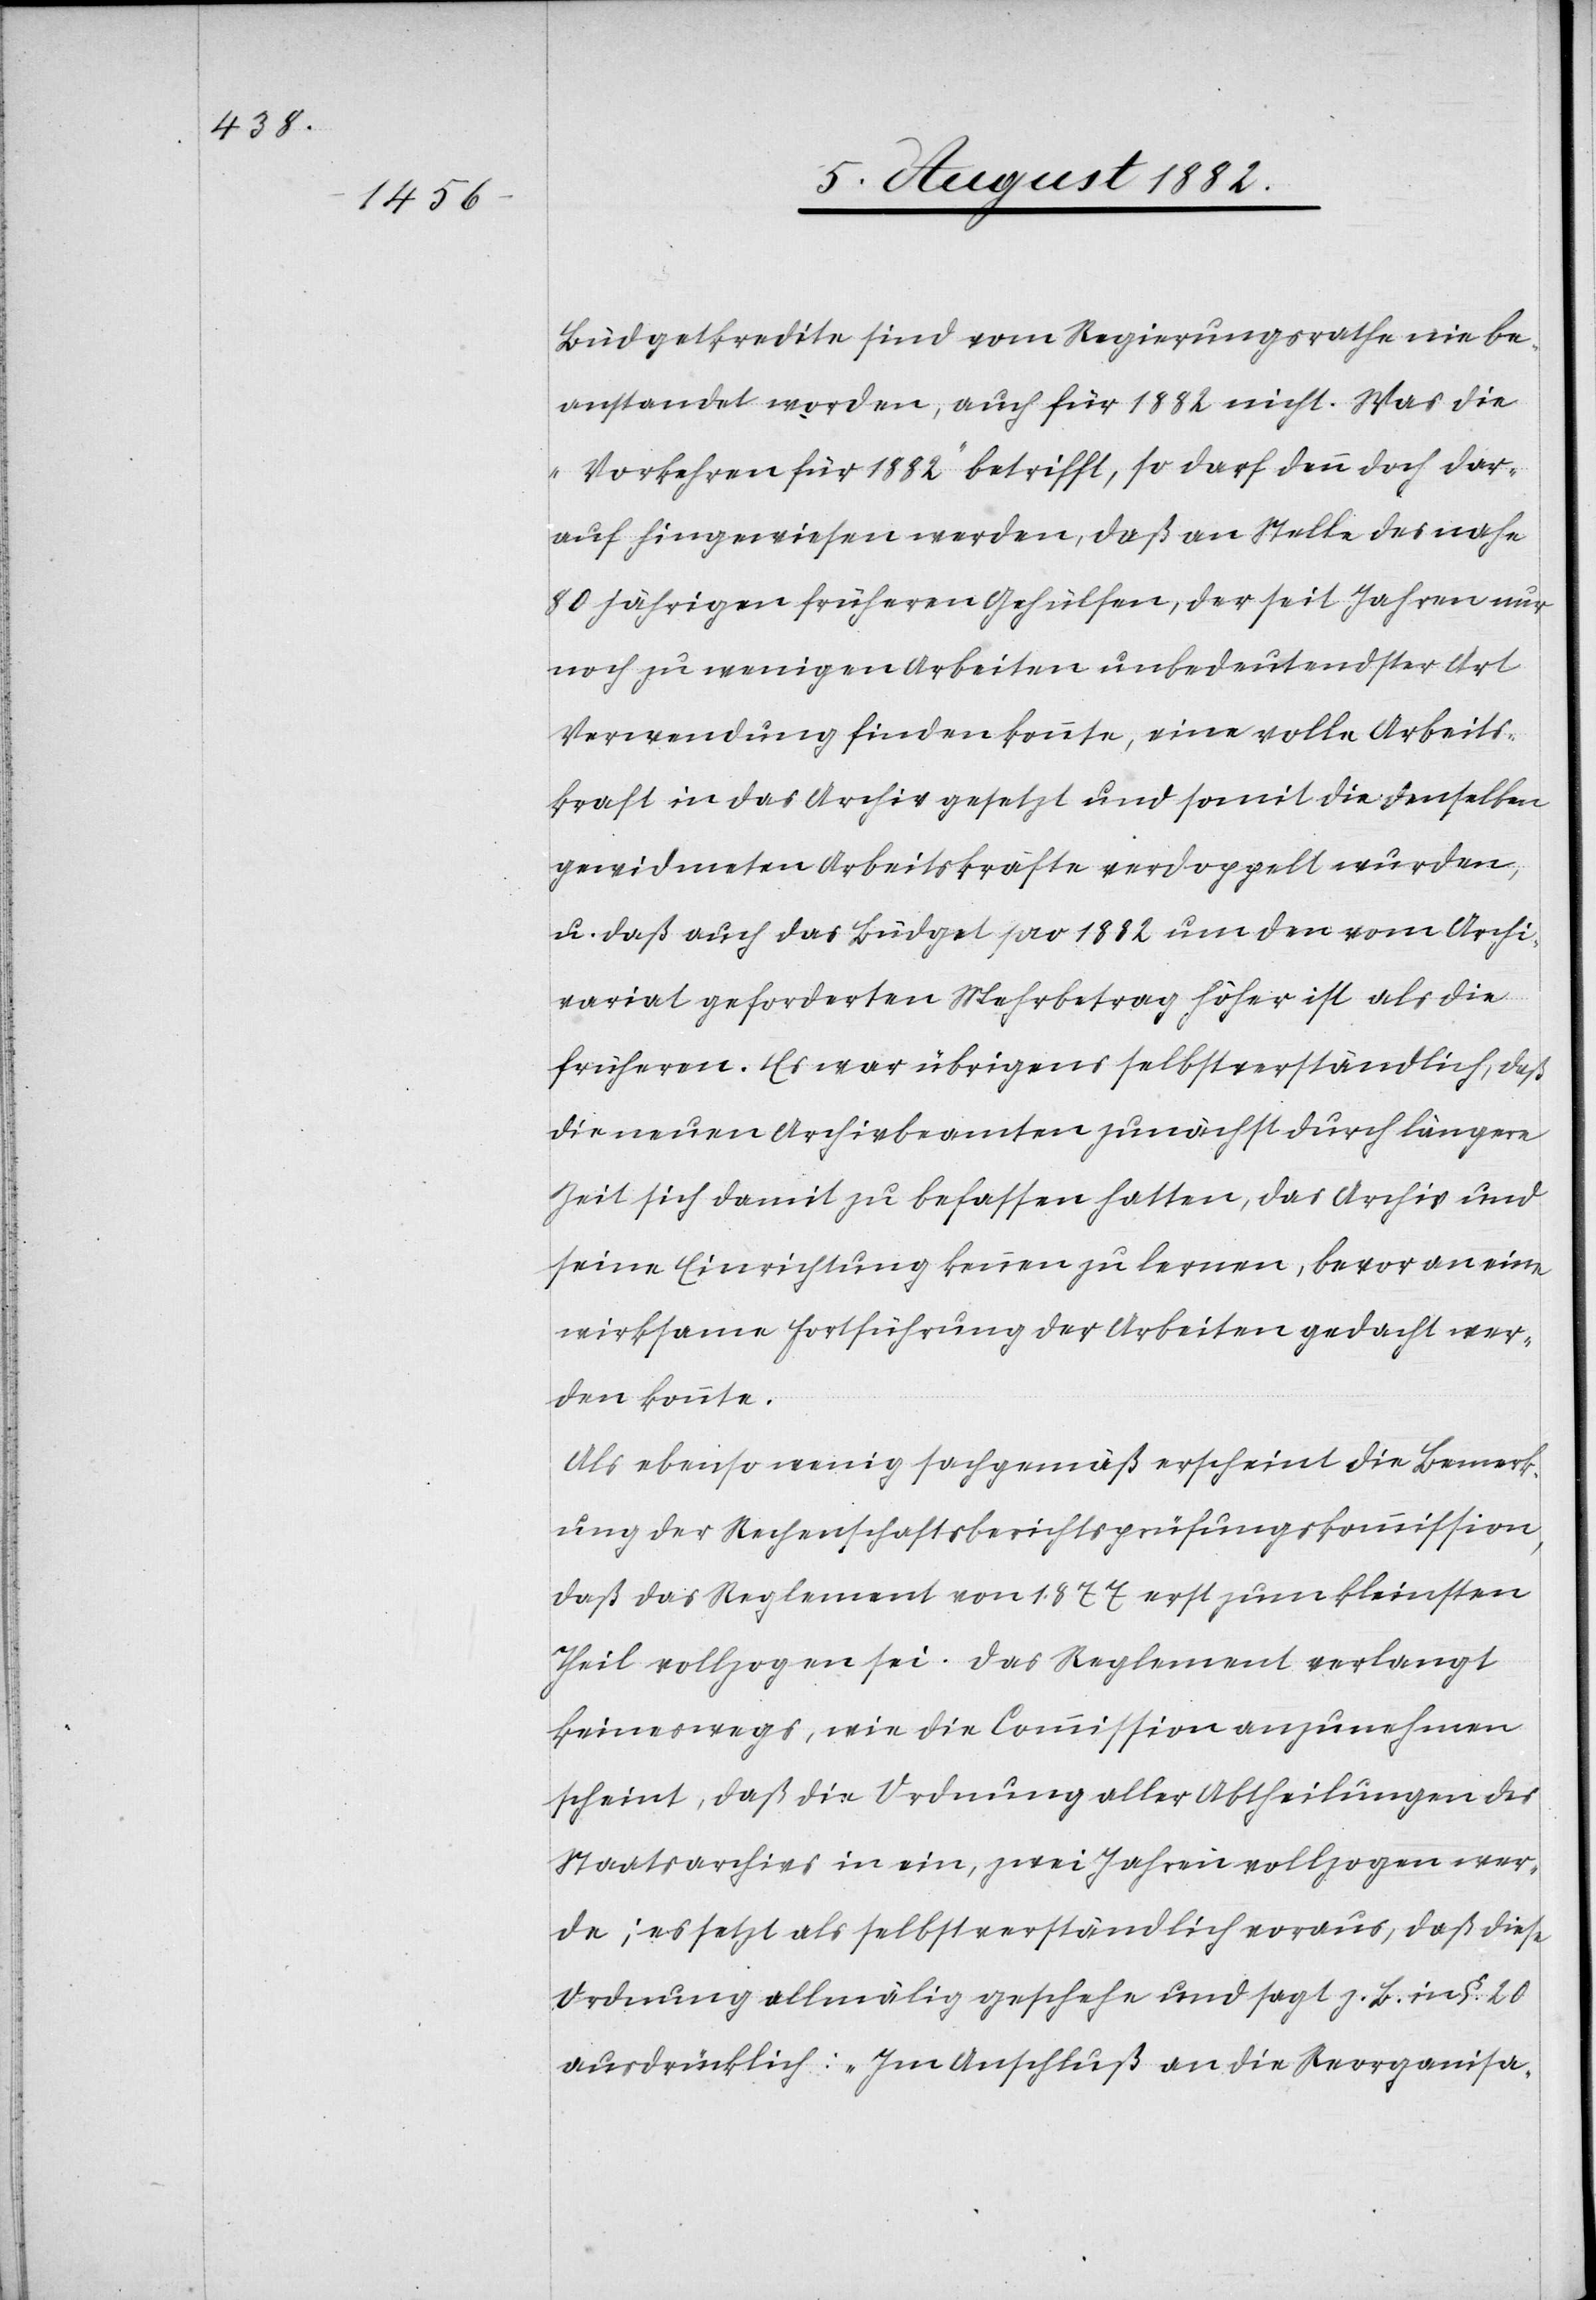
Büdgetkredite sind vom Regierungsrath nie be¬
anstandet worden, auch für 1882 nicht. Was die
„Vorkehren für 1882“ betrifft, so darf denn doch dar¬
auf hingewiesen werden, daß an Stelle des nahe
80 jährigen früheren Gehülfen, der seit Jahren nur
noch zu wenigen Arbeiten unbedeutendster Art
Verwendung finden konnte, eine volle Arbeits¬
kraft in das Archiv gesetzt und somit die denselben
gewidmeten Arbeitskräfte verdoppelt wurden,
u. daß auch das Büdget pro 1882 um den vom Archi¬
variat geforderten Mehrbetrag höher ist als die
früheren. Es war übrigens selbstverständlich, daß
die neuen Archivbeamten zunächst durch längere
Zeit sich damit zu befassen hatten, das Archiv und
seine Einrichtung kennen zu lernen, bevor an eine
wirksame Fortführung der Arbeiten gedacht wer¬
den konnte.
Als ebenso wenig sachgemäß erscheint die Bemerk¬
ung der Rechenschaftsberichtsprüfungskommission,
daß das Reglement von 1877 erst zu kleinsten
Theil vollzogen sei. Das Reglement verlangt
keineswegs, wie die Commission anzunehmen
scheint, daß die Ordnung aller Abtheilungen des
Staatsarchivs in ein, zwei Jahren vollzogen wer¬
de; es setzt als selbstverständlich voraus, daß diese
Ordnung allmälig geschehe und sagt z. B. in §. 20
ausdrücklich: „Im Anschluß an die Reorganisa-